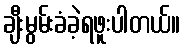
ချီးမွမ်းခံခဲ့ရဖူးပါတယ်။